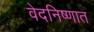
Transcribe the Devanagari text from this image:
वेदनिष्णात